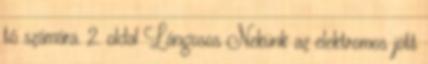
tó számára. 2. oldal Lángosos Nekünk az elektromos jött